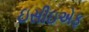
ઇસીઇએફ